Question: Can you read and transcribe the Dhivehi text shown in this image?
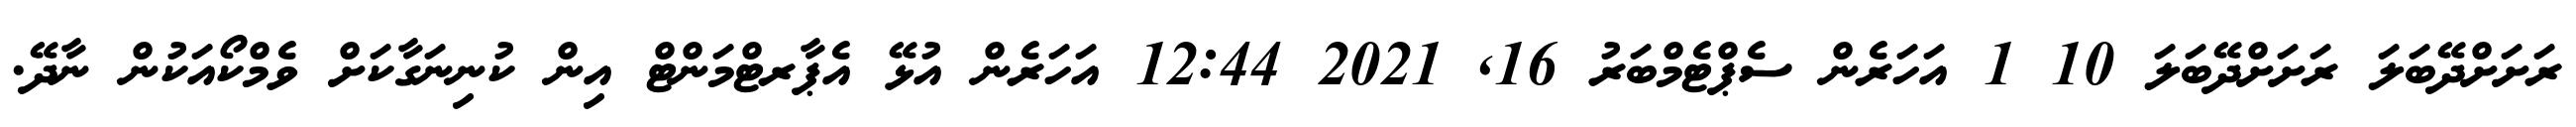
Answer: ރަށަށްދޭބަލަ ރަށަށްދޭބަލަ 10 1 އަހަރެން ސެޕްޓެމްބަރު 16, 2021 12:44 އަހަރެން އުޅޭ އެޕާރޓްމަންޓް އިން ކުނިނަގާކަށް ވެމްކޯއަކުން ނާދޭ.